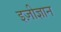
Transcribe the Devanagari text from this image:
इज़ीज्ञान